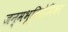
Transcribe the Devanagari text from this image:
जन्मभूमिप्रेमिका